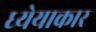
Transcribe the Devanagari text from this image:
ध्येयाकार